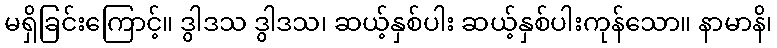
မရှိခြင်းကြောင့်။ ဒွါဒသ ဒွါဒသ၊ ဆယ့်နှစ်ပါး ဆယ့်နှစ်ပါးကုန်သော။ နာမာနိ၊